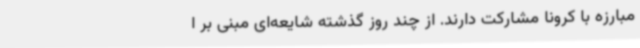
مبارزه با کرونا مشارکت دارند. از چند روز گذشته شایعه‌ای مبنی بر ا